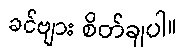
ခင်ဗျား စိတ်ချပါ။